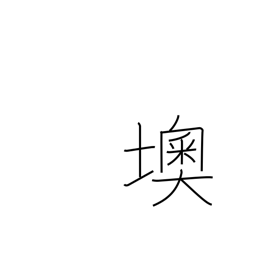
Meaning: Austria